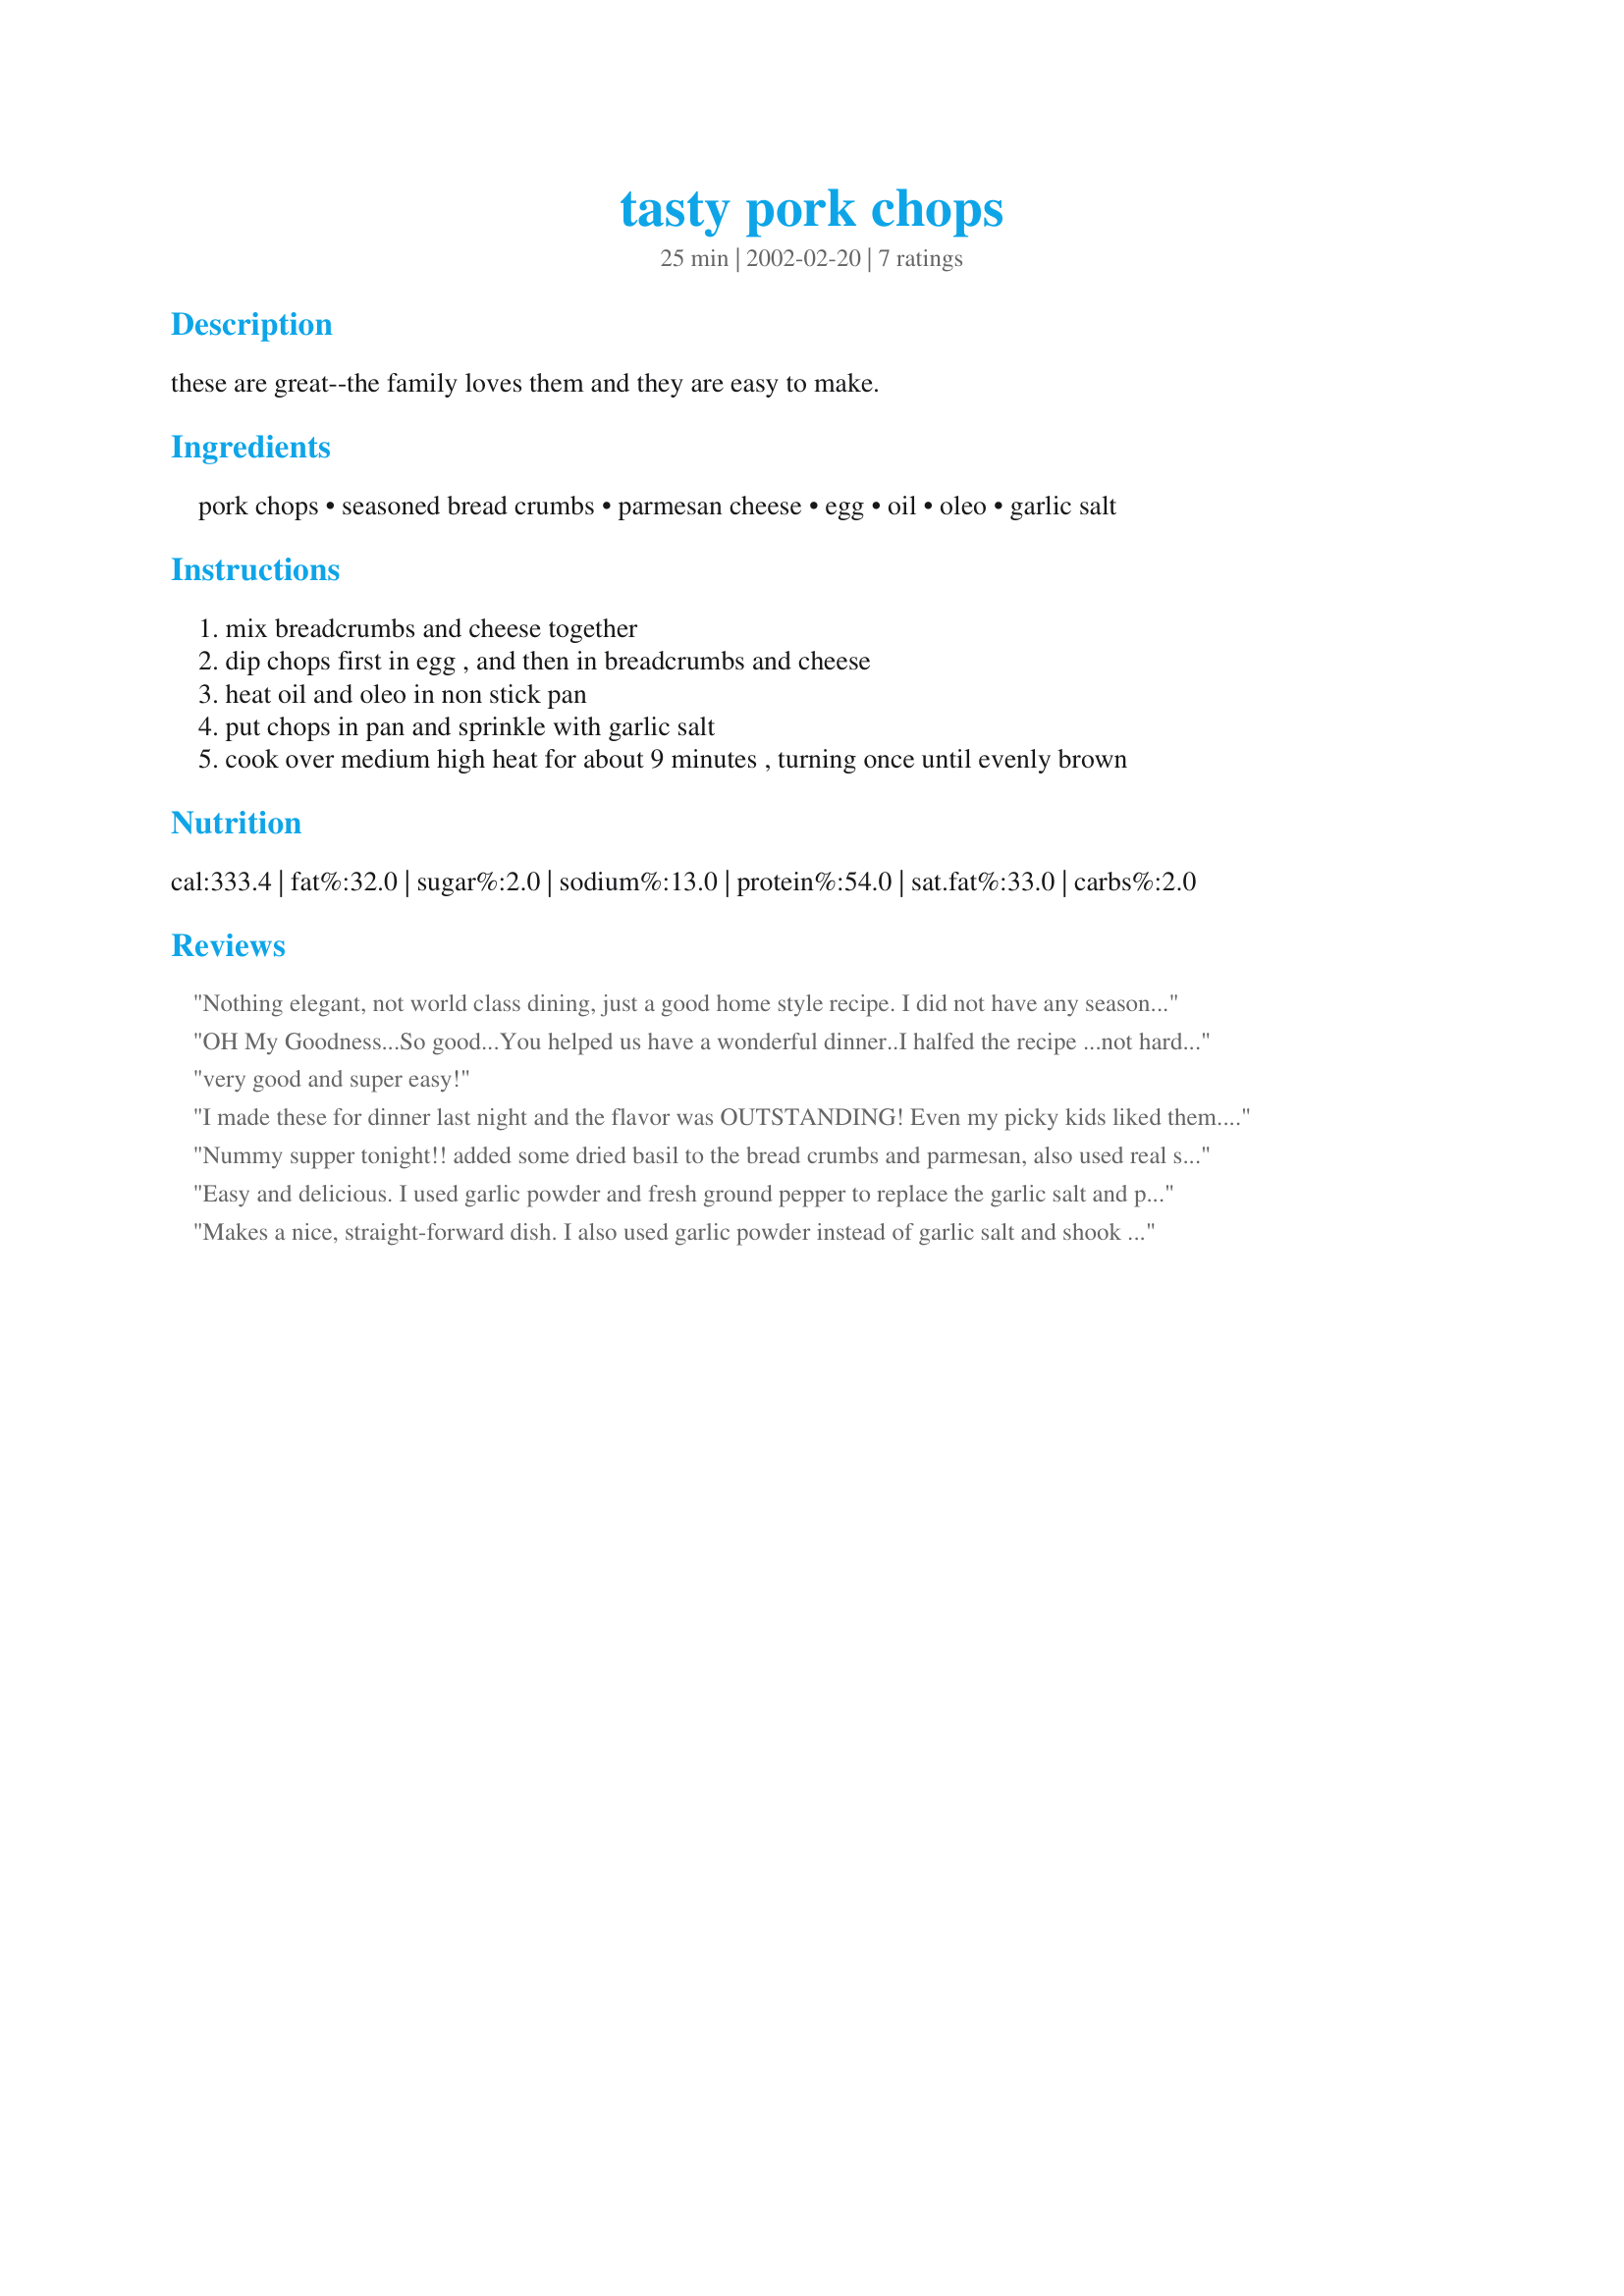
tasty pork chops
Preparation time: 25 minutes

these are great--the family loves them and they are easy to make.

Ingredients:
pork chops, seasoned bread crumbs, parmesan cheese, egg, oil, oleo, garlic salt

Steps:
mix breadcrumbs and cheese together, dip chops first in egg , and then in breadcrumbs and cheese, heat oil and oleo in non stick pan, put chops in pan and sprinkle with garlic salt, cook over medium high heat for about 9 minutes , turning once until evenly brown

Reviews:
Nothing elegant, not world class dining, just a good home style recipe. I did not have any seasoned bread crumbs, so I used plain & added some Italian seasoning, some basil and oregano and a pinch of cayenne pepper. Even a picky daughter liked these.
OH My Goodness...So good...You helped us have a wonderful dinner..I halfed the recipe ...not hard to do. Very tender and easy for Mark to eat. Thank You so very much for the recipe...will make over and over...Have a good day..Hugs
very good and super easy!
I made these for dinner last night and the flavor was OUTSTANDING! Even my picky kids liked them. My chops were a little thicker so I had to lower the temp and cook a bit longer but WOW were they great!
Nummy supper tonight!! added some dried basil to the bread crumbs and parmesan, also used real smashed garlic clove instead of the salt. Great tasting pork chops!!thanks for sharing a good one sheila, we will use it again and again!!
Easy and delicious. I used garlic powder and fresh ground pepper to replace the garlic salt and put the crumbs, cheese and seasonings in a plastic bag (easy to shake chops before frying and quick clean up too). Thanks for another keeper Sheila.
Makes a nice, straight-forward dish. I also used garlic powder instead of garlic salt and shook them in a plastic bag. We really enjoyed them!
